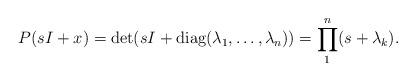
LaTeX: \begin{align*}\begin{aligned}P(sI+x)=\det(sI+\operatorname {diag} (\lambda_1 ,\dots,\lambda_n) )=\prod\limits_1^n(s+\lambda_k ).\end{aligned}\end{align*}